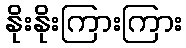
နိုးနိုးကြားကြား